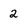
Character: 2